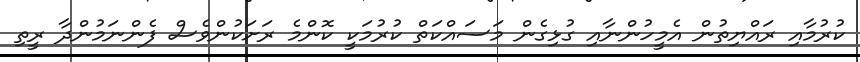
ކުރުމާއި ރައްޔިތުން އެމީހުންނާއި ގުޅިގެން މަސައްކަތް ކުރުމަކީ ކޮންމެ ރަށަކުންވެސް ފެންނަމުންދާ ރީތި